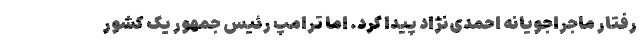
رفتار ماجراجویانه احمدی‌نژاد پیدا کرد. اما ترامپ رئیس جمهور یک کشور